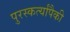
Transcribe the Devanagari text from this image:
पुरस्कर्त्यांपैकी